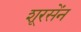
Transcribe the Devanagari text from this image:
शूरसेंन